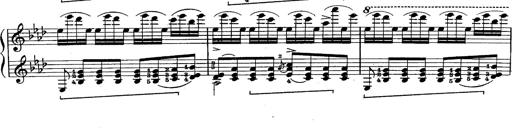
Title: Schubert's Impromptus [revised and edited by Franz Liszt]
Composer: Franz Liszt